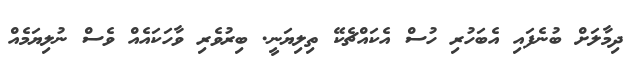
ދިމާލަށް ބުނެފައި އެބަހުރި ހުސް އެކައްޗެކޭ ތިލިޔަނީ. ބިރުވެރި ވާހަކައެއް ވެސް ނުލިޔަމެއް